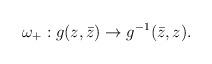
LaTeX: \begin{align*}\omega_+: g(z,\bar z) \to g^{-1} (\bar z, z) .\end{align*}